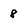
Character: 8